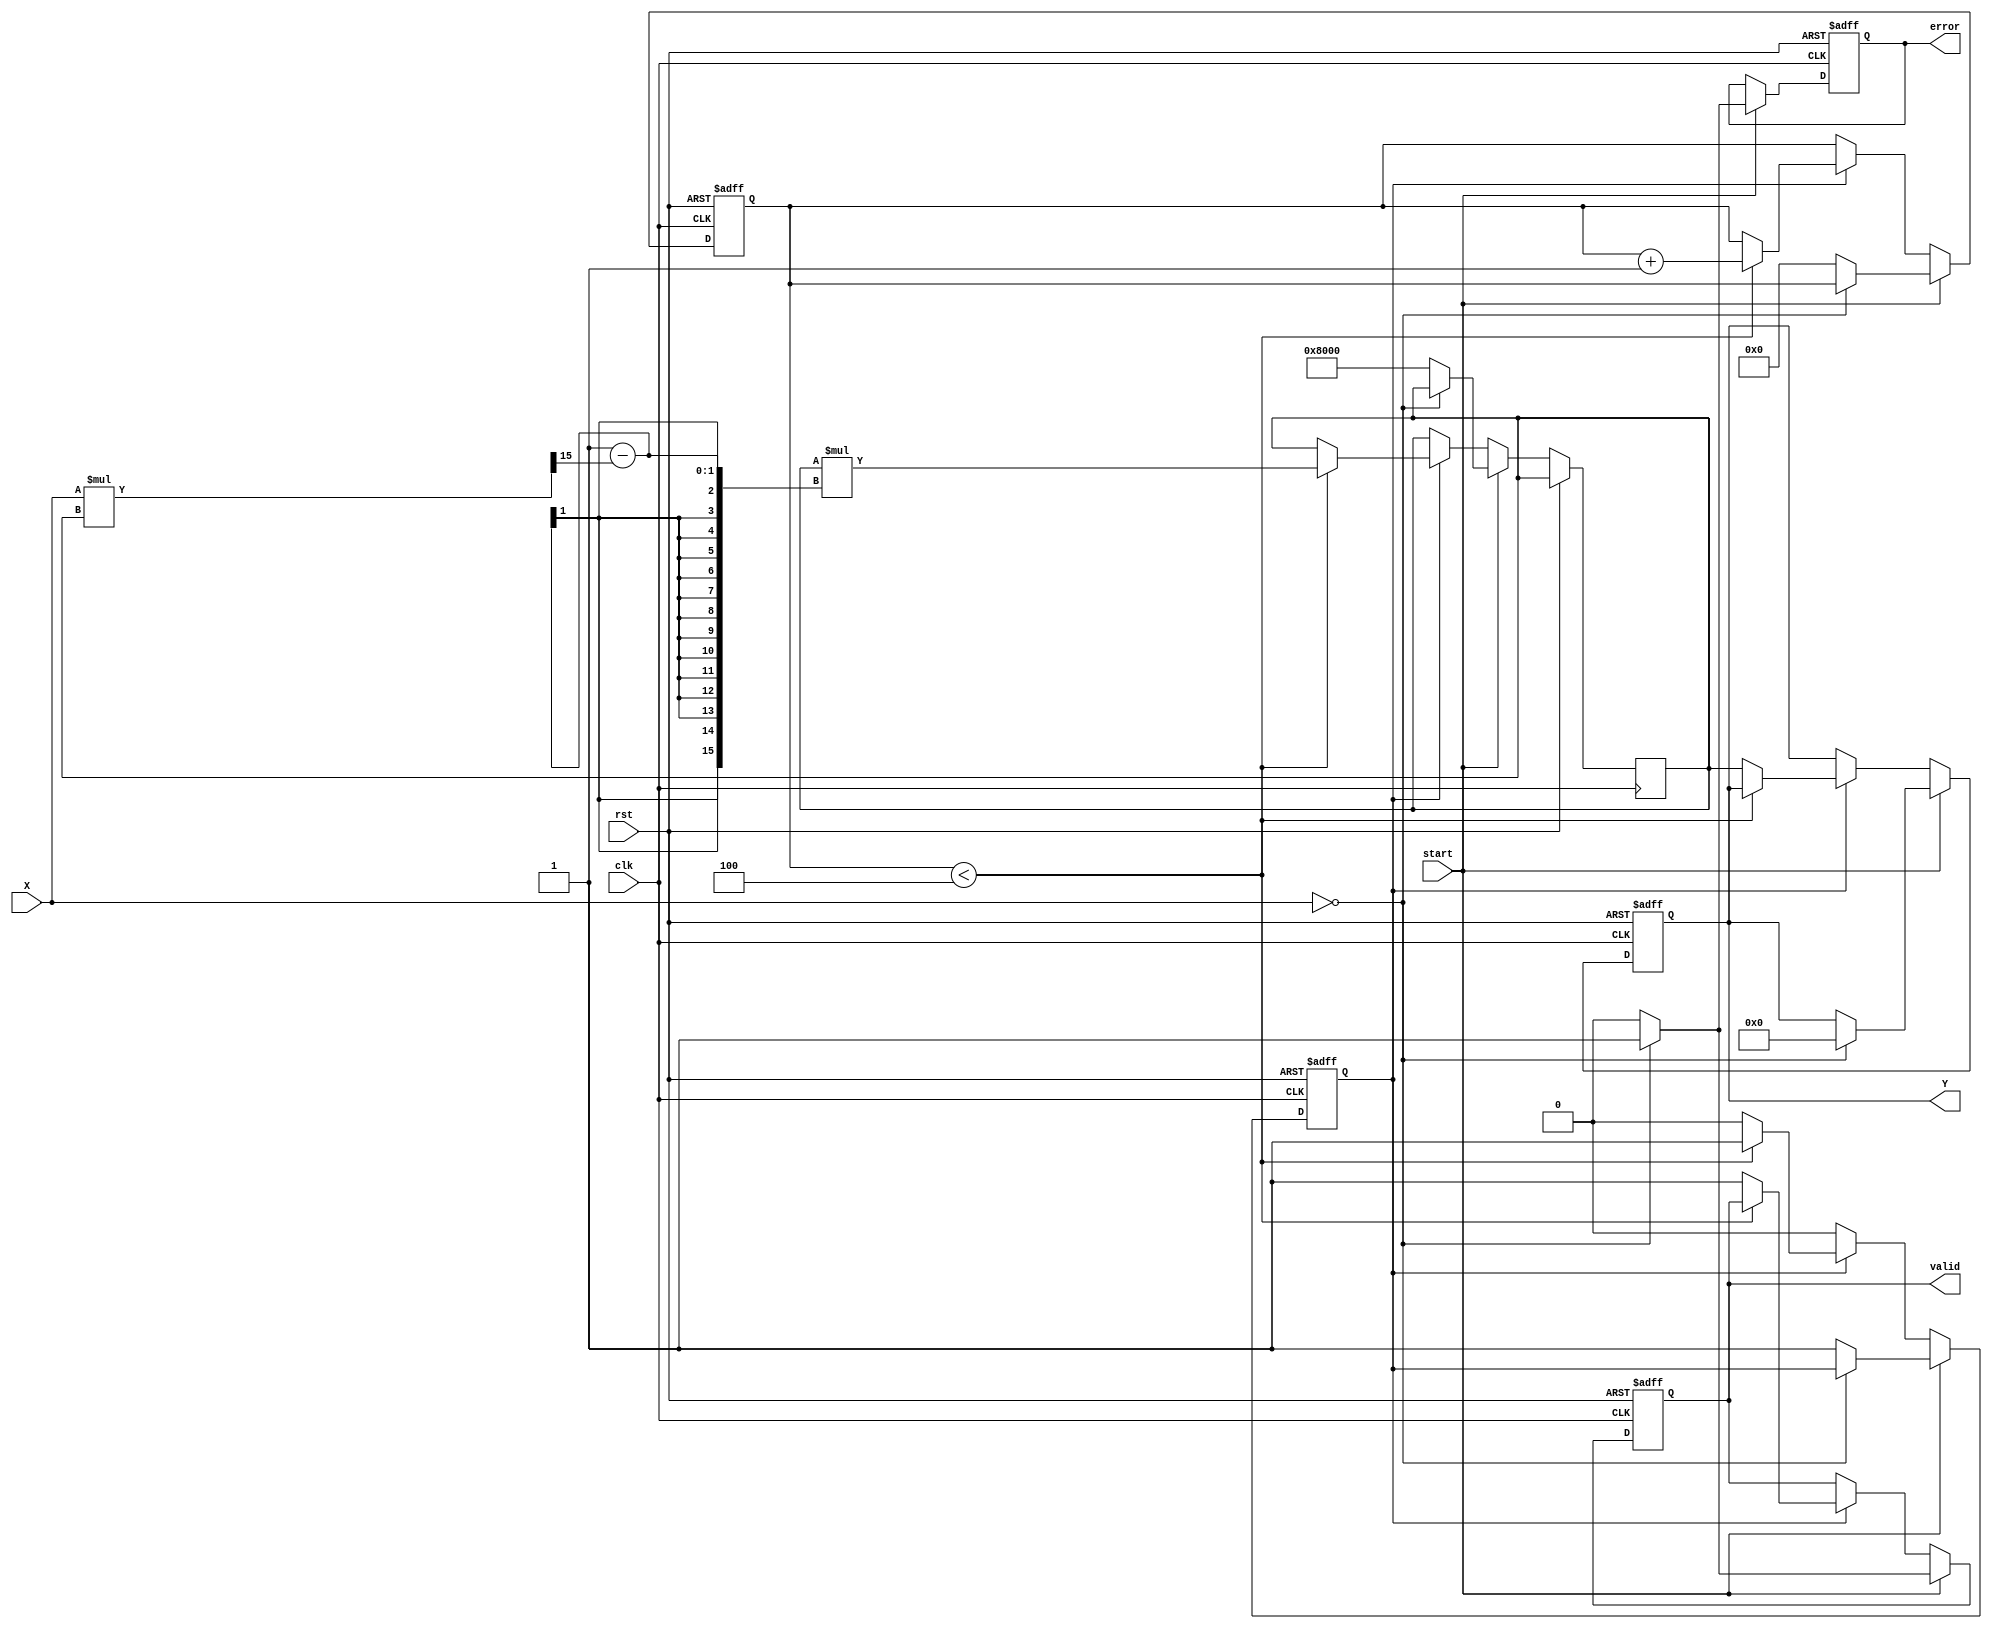
module binary_fractional_reciprocal #(
    parameter WIDTH = 16, // Width of the input/output data
    parameter ITERATIONS = 4 // Number of iterations for Newton-Raphson
)(
    input wire clk, // Clock signal
    input wire rst, // Reset signal
    input wire start, // Start signal for computation
    input wire [WIDTH-1:0] X, // Input data (0 < X < 1)
    output reg [WIDTH-1:0] Y, // Output data (1 <= Y < )
    output reg valid, // Output valid signal
    output reg error // Error signal for division by zero
);

    reg [WIDTH-1:0] x_inv; // Inverse of X
    reg [WIDTH-1:0] x_n; // Current approximation
    reg [3:0] count; // Iteration counter
    reg computing; // Flag to indicate if computation is ongoing

    // Initial values
    initial begin
        Y = 0;
        valid = 0;
        error = 0;
        computing = 0;
        count = 0;
    end

    // Main computation process
    always @(posedge clk or posedge rst) begin
        if (rst) begin
            Y <= 0;
            valid <= 0;
            error <= 0;
            computing <= 0;
            count <= 0;
        end else if (start) begin
            if (X == 0) begin
                // Handle division by zero
                error <= 1;
                Y <= {WIDTH{1'b0}}; // Output zero or a specific error code
                valid <= 1;
            end else begin
                // Reset error flag and start computation
                error <= 0;
                valid <= 0;
                computing <= 1;
                count <= 0;
                x_n <= {1'b1, {WIDTH-1{1'b0}}}; // Initial guess for 1 (1.0 in fixed-point)
            end
        end else if (computing) begin
            if (count < ITERATIONS) begin
                // Newton-Raphson iteration: x_n = x_n * (2 - X * x_n)
                x_n <= x_n * ({1'b0, 1'b1} - (X * x_n >> (WIDTH-1))); // Shift to maintain fixed-point
                count <= count + 1;
            end else begin
                // Finished iterations
                Y <= x_n; // Final approximation of the reciprocal
                valid <= 1;
                computing <= 0;
            end
        end
    end

endmodule